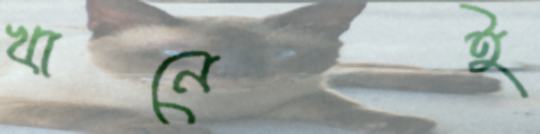
খানেই